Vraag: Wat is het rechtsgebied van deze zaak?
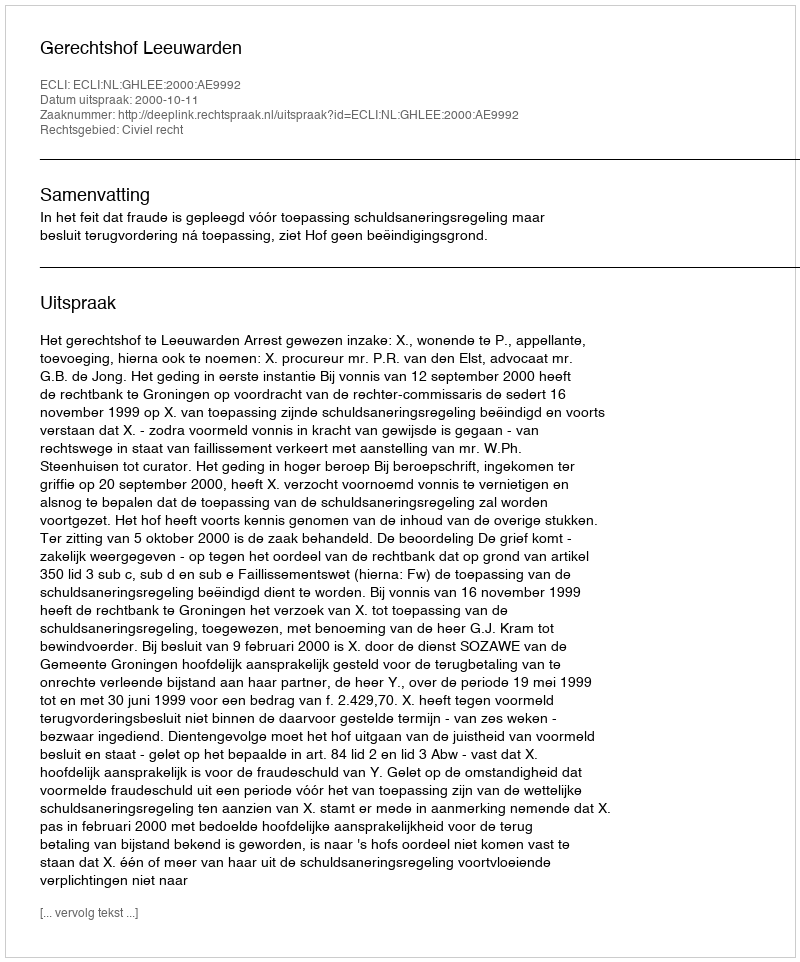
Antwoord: Civiel recht